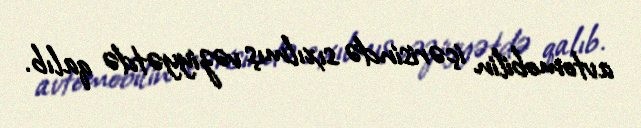
avtomobilin içərisində sıxılmış vəziyyətdə qalıb.